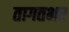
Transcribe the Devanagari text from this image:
तागतभर